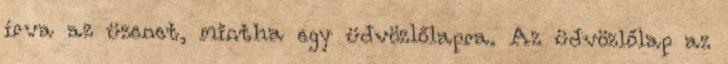
írva az üzenet, mintha egy üdvözlőlapra. Az üdvözlőlap az